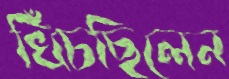
খিঁচছিলেন